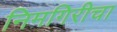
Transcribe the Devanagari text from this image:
निमगिरीचा